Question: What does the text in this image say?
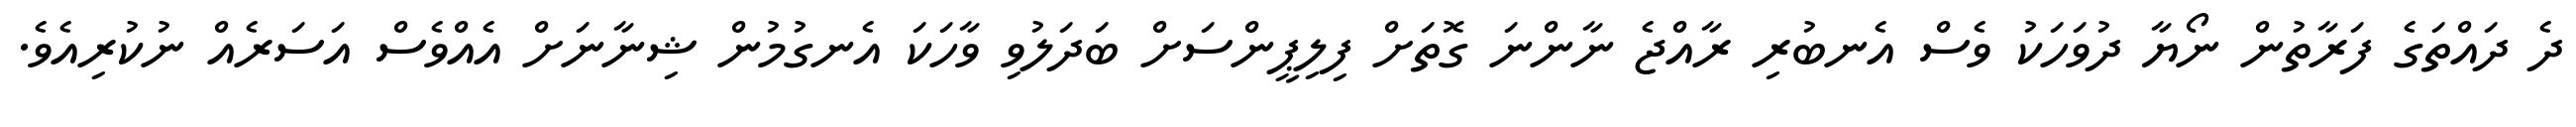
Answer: ދެ ދައްތަގެ ފަރާތުން ނޯޔާ ދުވަހަކު ވެސް އެނބުރި ރާއްޖެ ނާންނަ ގޮތަށް ފިލިޕީންސަށް ބަދަލުވި ވާހަކަ އެނގުމުން ޝިނާނަށް އެއްވެސް އަސަރެއް ނުކުރިއެވެ.